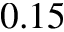
0 . 1 5